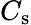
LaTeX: C_{\mathrm{s}}